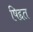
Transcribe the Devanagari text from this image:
षिद्दत